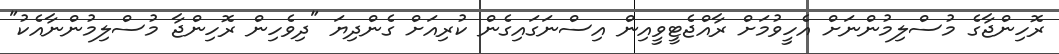
ރޮހިންޖާގެ މުސްލިމުންނަށް އެހީވުމަށް ރާއްޖެޓީވީއިން އިސްނަގައިގެން ކުރިއަށް ގެންދިޔަ "ދިވެހިން ރޮހިންޖާ މުސްލިމުންނާއެކު"